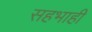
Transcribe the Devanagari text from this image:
सहभाही